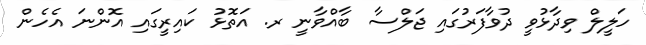
ހަލީލް ވިދާޅުވީ ދުވާފަރުގައި ޖަލްސާ ބާއްވާނީ ރ. އަތޮޅު ކައިރީގައި އޮންނަ އެހެން